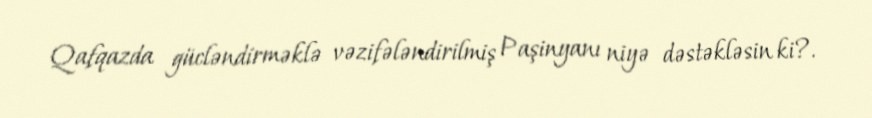
Qafqazda gücləndirməklə vəzifələndirilmiş Paşinyanı niyə dəstəkləsin ki?.